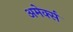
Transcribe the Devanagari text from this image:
अमेर्क्स